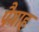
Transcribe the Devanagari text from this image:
पैगाह